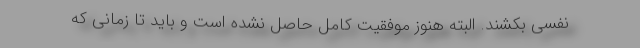
نفسی بکشند. البته هنوز موفقیت کامل حاصل نشده است و باید تا زمانی که